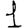
Digit: 1